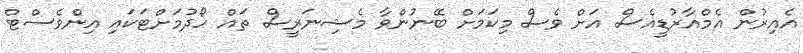
އެއިރުން އެމްއާރުޑީއެސް އަށް ވެސް މިކަމަށް ބޭނުންވާ މެޝިނަރީސް ތައް ހޯދުމަށްޓަކައި އިންވެސްޓް